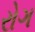
રોગ